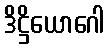
ဒိဋ္ဌိယောဂေါ